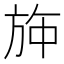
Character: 𱡳